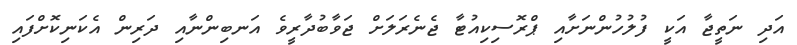
އަދި ނަތީޖާ އަކީ ފުލުހުންނަށާއި ޕްރޮސިކިއުޓާ ޖެނެރަލަށް ޖަވާބުދާރީވެ އަނބިންނާއި ދަރިން އެކަނިކޮށްފައި